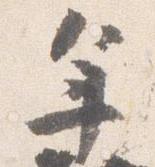
年